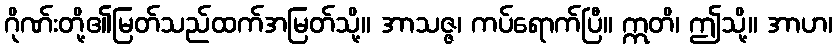
ဂိုဏ်းတို့၏မြတ်သည်ထက်အမြတ်သို့။ အာသဇ္ဇ၊ ကပ်ရောက်ပြီ။ ဣတိ၊ ဤသို့။ အာဟ၊